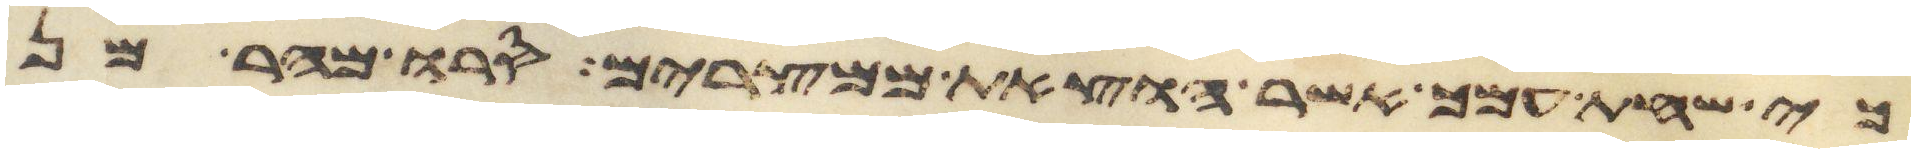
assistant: כי שחת עמך אשר הוצאת ממצרים סרו מהר מן